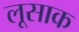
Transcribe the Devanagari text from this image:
लूसाक